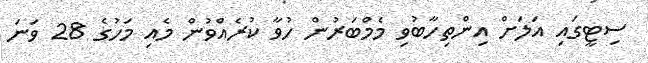
ސިޓީގައި އަަލަށް އިންތިހާބުވި މެމްބަރުން ހުވާ ކުރެއްވުން މެއި މަހުގެ 28 ވަނަ